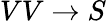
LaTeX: VV\rightarrow S